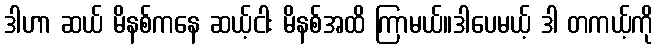
ဒါဟာ ဆယ် မိနစ်ကနေ ဆယ့်ငါး မိနစ်အထိ ကြာမယ်။ဒါပေမယ့် ဒါ တကယ့်ကို